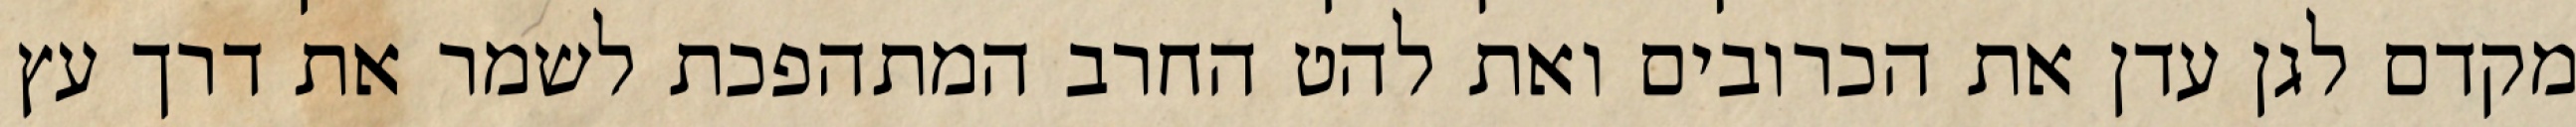
מקדם לגן עדן את הכרובים ואת להט החרב המתהפכת לשמר את דרך עץ